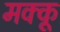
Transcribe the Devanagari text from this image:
मक्‍कू